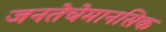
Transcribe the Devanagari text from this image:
जनतेचेमानसिक